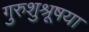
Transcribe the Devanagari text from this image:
गुरुशुश्रूषया